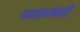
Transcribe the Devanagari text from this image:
नजफ़ाबादी